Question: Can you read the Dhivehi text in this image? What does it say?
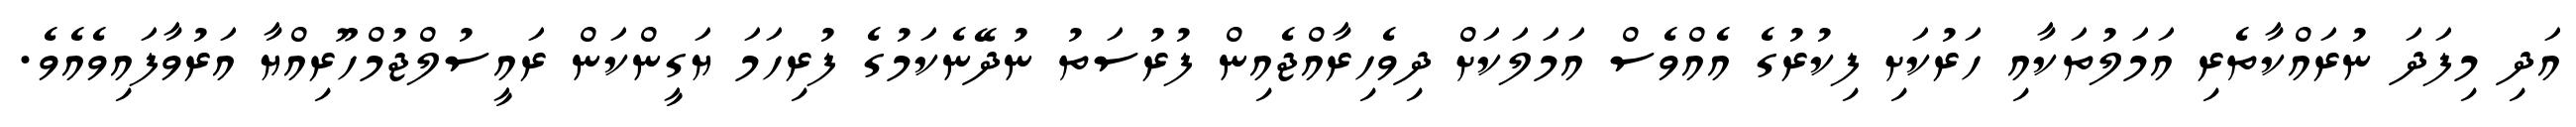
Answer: އަދި މިފަދަ ނުރައްކާތެރި އަމަލުތަކާއި ހަރުކަށި ފިކުރުގެ އެއްވެސް އަމަލަކަށް ދިވެހިރާއްޖެއިން ފުރުސަތު ނުދޭނެކަމުގެ ފުރިހަމަ ޔަގީންކަން ރައީސުލްޖުމްހޫރިއްޔާ އަރުވާފައިވެއެވެ.